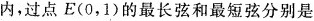
内，过点E(0，1)的最长弦和最短弦分别是